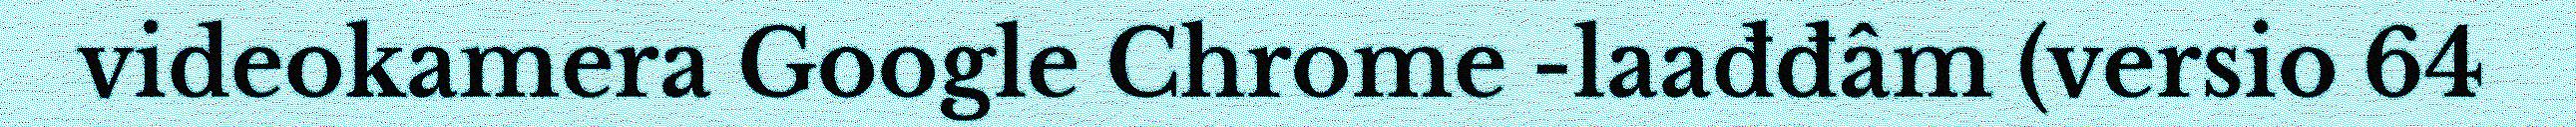
videokamera Google Chrome -laađđâm (versio 64